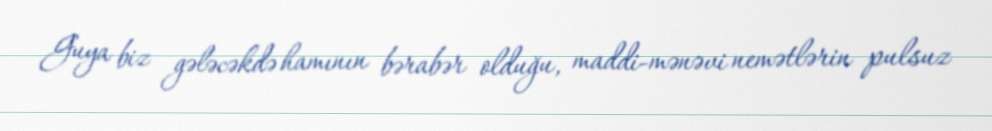
Guya biz gələcəkdə hamının bərabər olduğu, maddi-mənəvi nemətlərin pulsuz